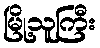
မြို့သူကြီး